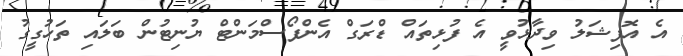
އެ އޮފިޝަލު ވިދާޅުވީ އެ ފުޅިތައް ޑްރަގް އެންފޯސްމަންޓް ޔުނިޓުން ބަލައި ތަހުގީގު